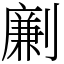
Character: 劆